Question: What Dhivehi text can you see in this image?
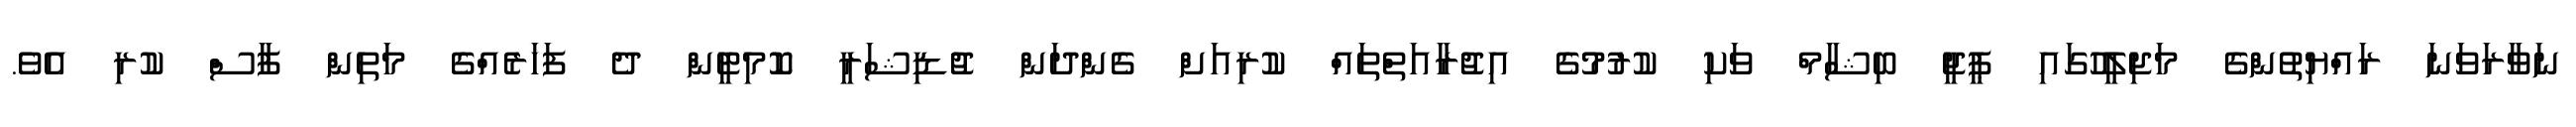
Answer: ނަވާރަވަނަ ރައްޔިތުންގެ މަޖިލީހުގައި ޕީޖީ ބިޝާމް ވަކި ކުރުމުގެ އިޖުރާއަތްތައް ކުރިއަށް ގެންދަން ޖުޑިޝަރީ ކޮމިޓީން ދެ ފަހަރެއްގެ މަތިން ފާސް ކުރި އެވެ.